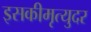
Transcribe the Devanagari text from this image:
इसकीमृत्युदर